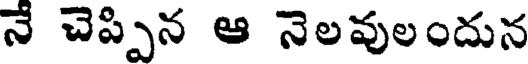
నే చెప్పిన ఆ నెలవులందున